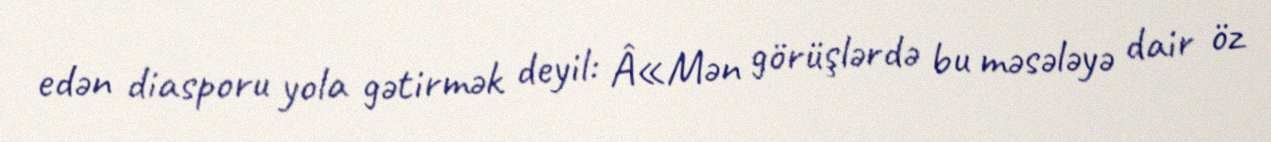
edən diasporu yola gətirmək deyil: Â«Mən görüşlərdə bu məsələyə dair öz